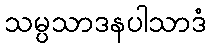
သမ္ပသာဒနပါသာဒံ